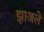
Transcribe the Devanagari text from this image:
झाअले